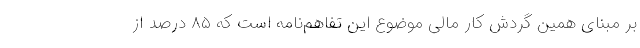
بر مبنای همین گردش کار مالی موضوع این تفاهم‌نامه است که ۸۵ درصد از